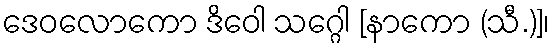
ဒေဝလောကော ဒိဝေါ သဂ္ဂေါ [နာကော (သီ.)]၊